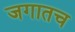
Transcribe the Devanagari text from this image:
जगातच